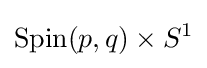
\mathrm {Spin} (p,q)\times S^{1}